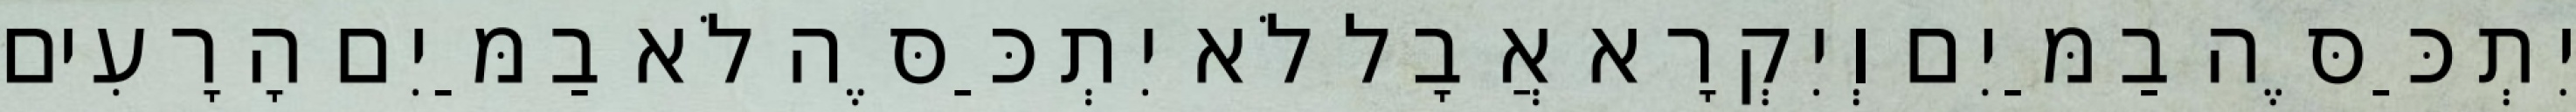
יִתְכַּסֶּה בַמַּיִם וְיִקְרָא אֲבָל לֹא יִתְכַּסֶּה לֹא בַמַּיִם הָרָעִים